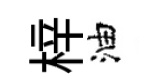
梓油